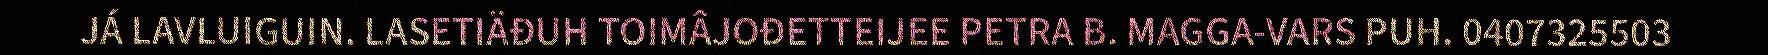
JÁ LAVLUIGUIN. LASETIÄĐUH TOIMÂJOĐETTEIJEE PETRA B. MAGGA-VARS PUH. 0407325503